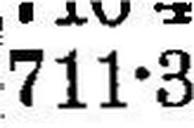
711•3